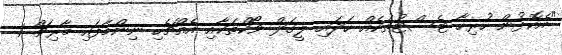
"އެކޮޅުން ހުރިހާ ޓެސްޓުތަކެއް ހަދައި ލީގަލް ވޯކްތަކާއި އެއްޗެހި ނިންމާފައި މާރިޗް 1